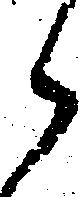
候